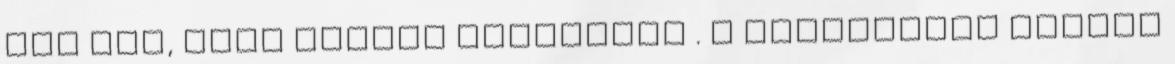
van aha, soha napján kiskedden . A központban ülőket